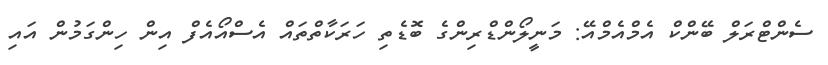
ސެންޓްރަލް ބޭންކް އެމްއެމްއޭ: މަނީލޯންޑްރިންގެ ބޮޑެތި ހަރަކާތްތައް އެސްއޯއެފް އިން ހިންގަމުން އައި